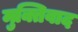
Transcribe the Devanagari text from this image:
मुक्तिवाद